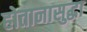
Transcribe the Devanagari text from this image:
होतानासुद्धा